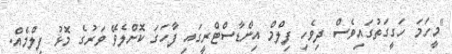
"މީހަމަ ހަގީގަތުގައިވެސް ދިވެހި ފިލްމް އިންޑާސްޓްރީގައި ފާހަގަ ކޮށްލެވޭ ވަރުގެ މޮޅު ފިލްމެއް.